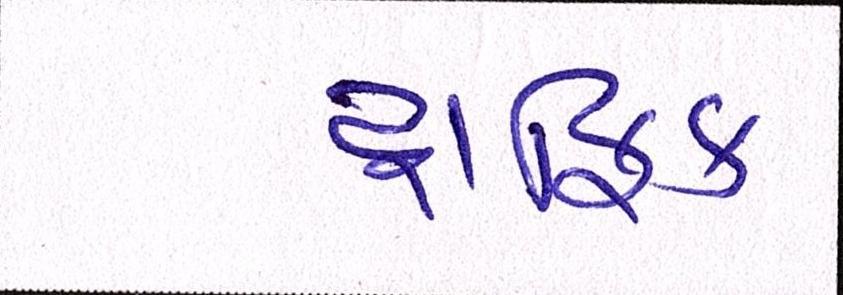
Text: ટ્રાફિક